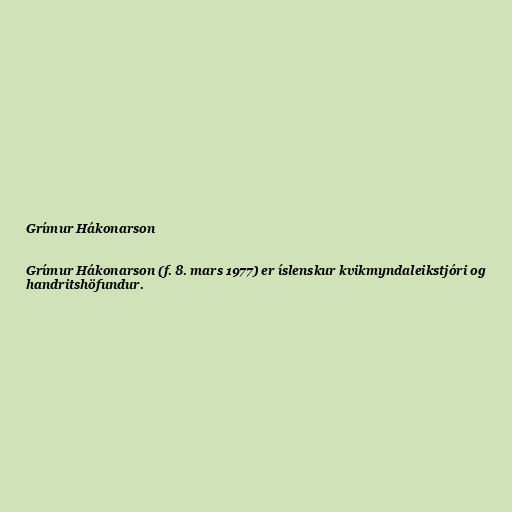
Grímur Hákonarson

Grímur Hákonarson (f. 8. mars 1977) er íslenskur kvikmyndaleikstjóri og
handritshöfundur.